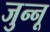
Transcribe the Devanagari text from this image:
जुन्नू